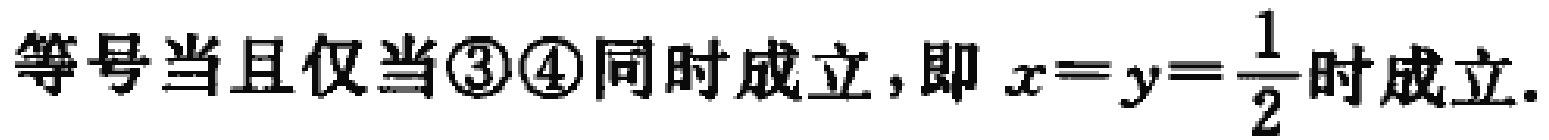
等号当且仅当\textcircled{3}\textcircled{4}同时成立，即 \(x = y=\frac{1}{2}\) 时成立.